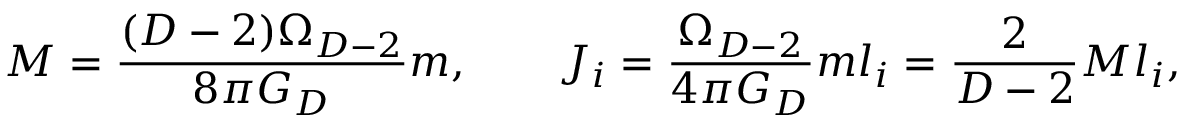
M = { \frac { ( D - 2 ) \Omega _ { D - 2 } } { 8 \pi G _ { D } } } m , \ \ \ \ \ \ J _ { i } = { \frac { \Omega _ { D - 2 } } { 4 \pi G _ { D } } } m l _ { i } = { \frac { 2 } { D - 2 } } M l _ { i } ,